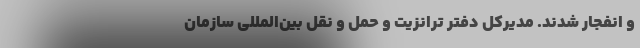
و انفجار شدند. مدیرکل دفتر ترانزیت و حمل و نقل بین‌المللی سازمان